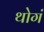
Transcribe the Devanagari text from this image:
थोगं